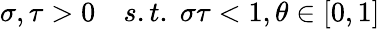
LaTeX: \sigma,\tau>0\quad s.t.\; \sigma\tau<1,\theta\in[0,1]